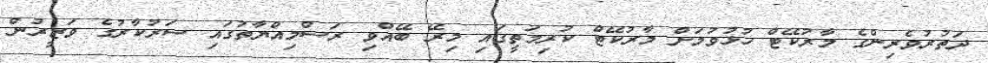
ދަތުރުވެެރިންގެ މާރުކޭޓް ހުޅުވުމަށް މާރުކޭޓް ކުރިމަތީގައި މިރޭ ބޭއްވި ރަސްމިއްޔާތުގައިި ސަރުކާރުގެ ވަޒީރުން